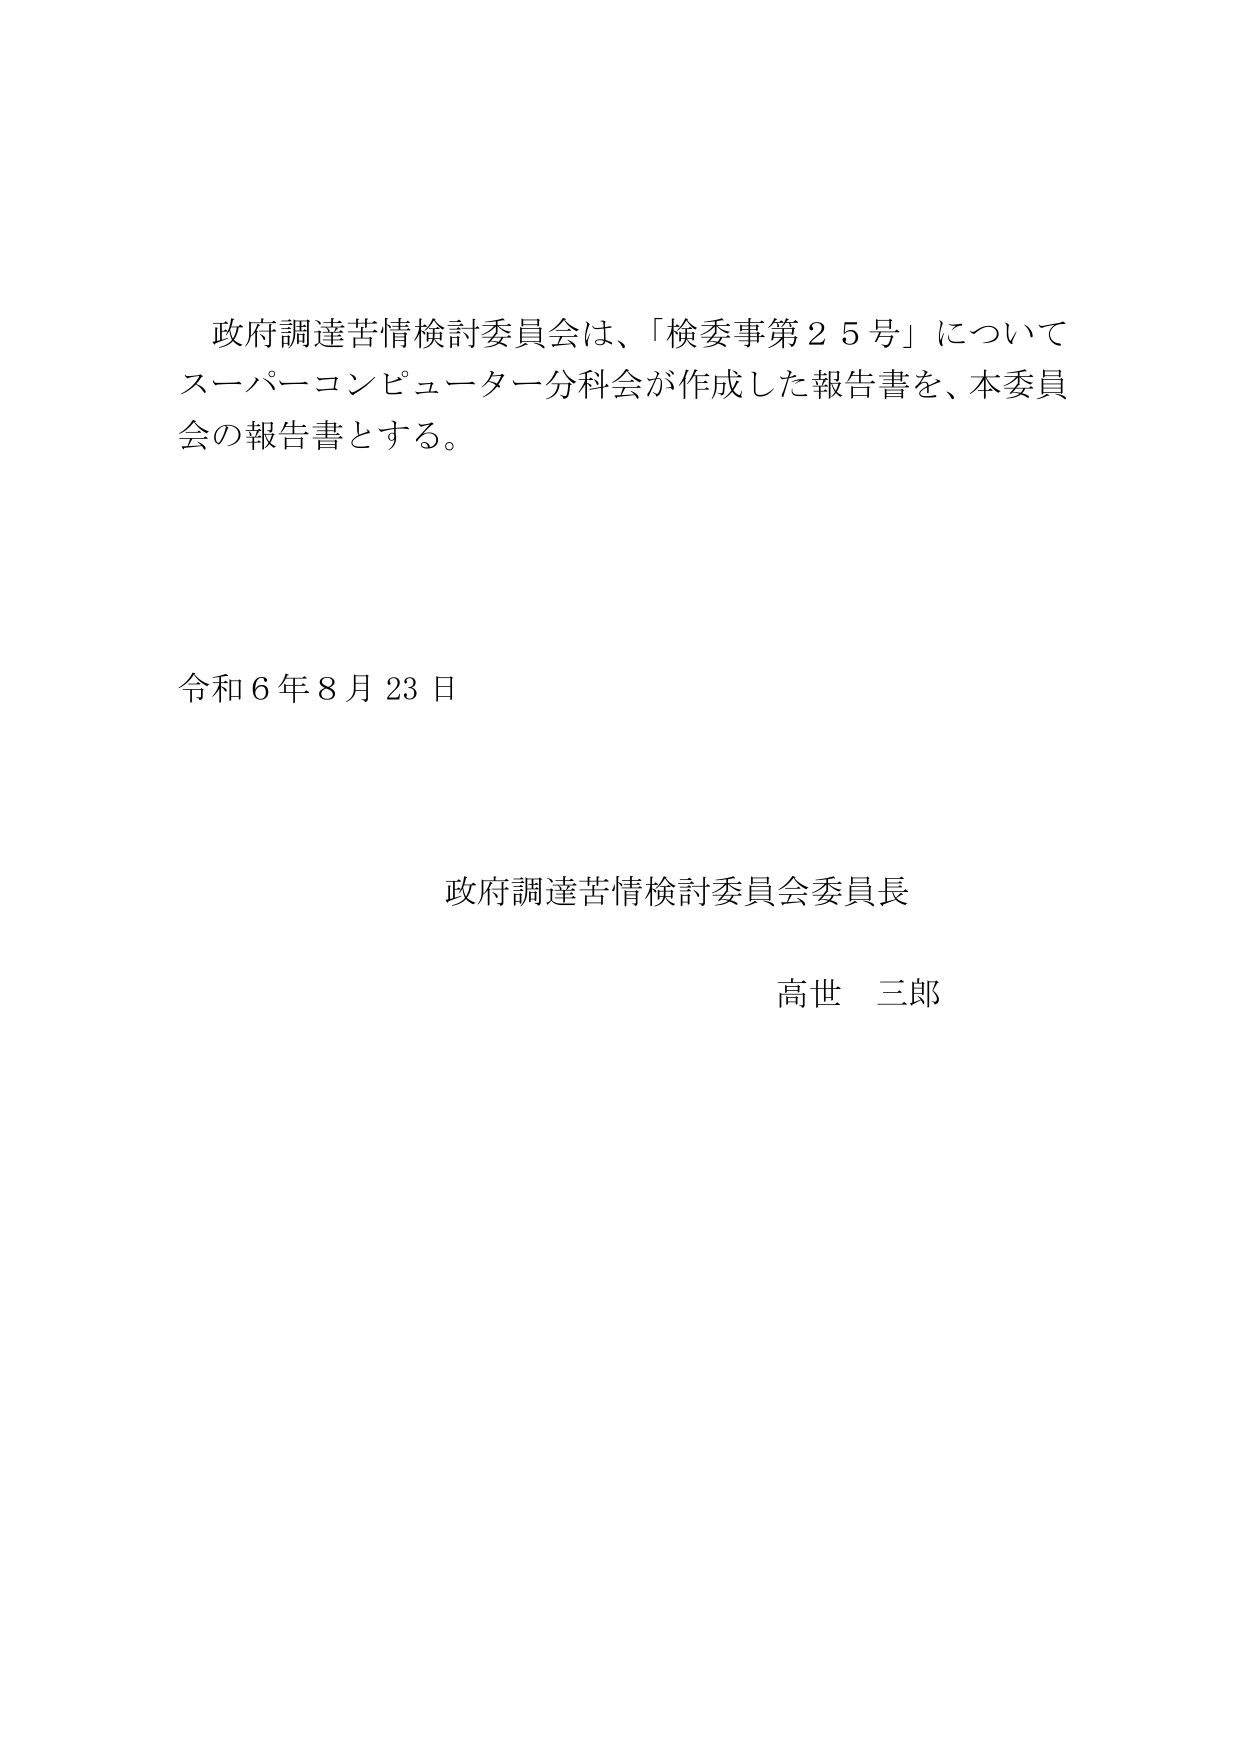
政府調達苦情検討委員会は、「検委事第２５号」について
スーパーコンピューター分科会が作成した報告書を、本委員
会の報告書とする。

令和６年８月23日

政府調達苦情検討委員会委員長
高世 三郎